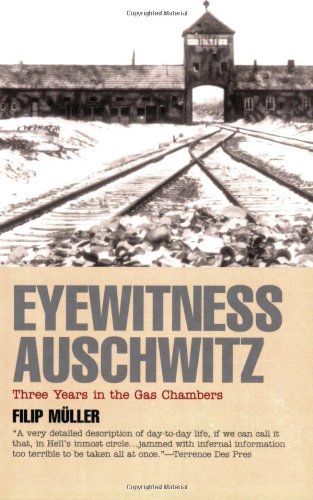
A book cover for Eyewitness Auschwitz: Three Years in the Gas Chambers; Filip Muller; History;